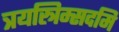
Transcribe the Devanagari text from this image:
त्रयस्त्रिम्सदमि